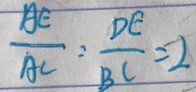
\frac { A E } { A C } = \frac { D E } { B C } = 2